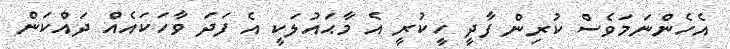
އެހެންނަމަވެސް ކުރިން ފާދީ ހީކުރީ އެ މާޙައުލަކީ އެ ފަދަ ވާހަކައެއް ދައްކަން